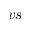
v s